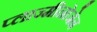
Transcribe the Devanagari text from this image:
प्लाज्मीनोजेन